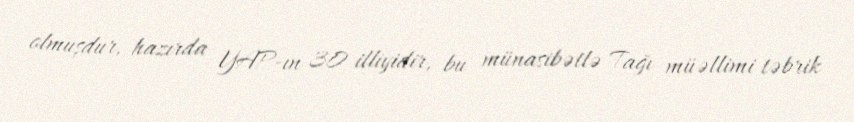
olmuşdur, hazırda YAP-ın 30 illiyidir, bu münasibətlə Tağı müəllimi təbrik